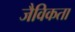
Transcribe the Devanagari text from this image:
जैविकता